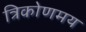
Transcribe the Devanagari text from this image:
त्रिकोणमय